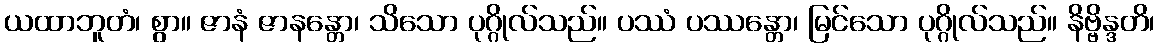
ယထာဘူတံ၊ စွာ။ ဇာနံ ဇာနန္တော၊ သိသော ပုဂ္ဂိုလ်သည်။ ပဿံ ပဿန္တော၊ မြင်သော ပုဂ္ဂိုလ်သည်။ နိဗ္ဗိန္ဒတိ၊